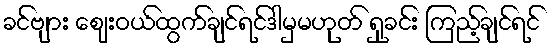
ခင်ဗျား ဈေးဝယ်ထွက်ချင်ရင်ဒါမှမဟုတ် ရှုခင်း ကြည့်ချင်ရင်